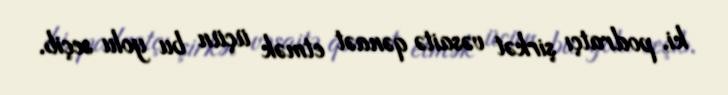
ki, podratçı şirkət vəsaitə qənaət etmək üçün bu yolu seçib.